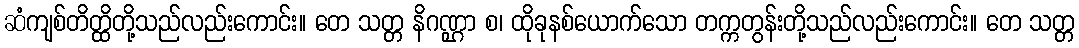
ဆံကျစ်တိတ္ထိတို့သည်လည်းကောင်း။ တေ သတ္တ နိဂဏ္ဌာ စ၊ ထိုခုနစ်ယောက်သော တက္ကတွန်းတို့သည်လည်းကောင်း။ တေ သတ္တ